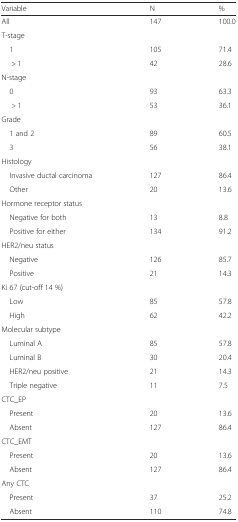
| Variable | N | % |
 | --- | --- | --- |
 | All | 147 | 100.0 |
 | T-stage |  |  |
 | 1 | 105 | 71.4 |
 | > 1 | 42 | 28.6 |
 | N-stage |  |  |
 | 0 | 93 | 63.3 |
 | > 1 | 53 | 36.1 |
 | Grade |  |  |
 | 1 and 2 | 89 | 60.5 |
 | 3 | 56 | 38.1 |
 | Histology |  |  |
 | Invasive ductal carcinoma | 127 | 86.4 |
 | Other | 20 | 13.6 |
 | Hormone receptor status |  |  |
 | Negative for both | 13 | 8.8 |
 | Positive for either | 134 | 91.2 |
 | HER2/neu status |  |  |
 | Negative | 126 | 85.7 |
 | Positive | 21 | 14.3 |
 | Ki 67 (cut-off 14 %) |  |  |
 | Low | 85 | 57.8 |
 | High | 62 | 42.2 |
 | Molecular subtype |  |  |
 | Luminal A | 85 | 57.8 |
 | Luminal B | 30 | 20.4 |
 | HER2/neu positive | 21 | 14.3 |
 | Triple negative | 11 | 7.5 |
 | CTC_EP |  |  |
 | Present | 20 | 13.6 |
 | Absent | 127 | 86.4 |
 | CTC_EMT |  |  |
 | Present | 20 | 13.6 |
 | Absent | 127 | 86.4 |
 | Any CTC |  |  |
 | Present | 37 | 25.2 |
 | Absent | 110 | 74.8 |